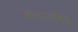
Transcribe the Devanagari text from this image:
कटानबिंदु